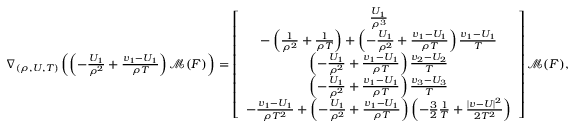
\begin{array} { r } { \nabla _ { ( \rho , U , T ) } \left( \left( - \frac { U _ { 1 } } { \rho ^ { 2 } } + \frac { v _ { 1 } - U _ { 1 } } { \rho T } \right) \mathcal { M } ( F ) \right) = \left[ { \begin{array} { c } { \frac { U _ { 1 } } { \rho ^ { 3 } } } \\ { - \left( \frac { 1 } { \rho ^ { 2 } } + \frac { 1 } { \rho T } \right) + \left( - \frac { U _ { 1 } } { \rho ^ { 2 } } + \frac { v _ { 1 } - U _ { 1 } } { \rho T } \right) \frac { v _ { 1 } - U _ { 1 } } { T } } \\ { \left( - \frac { U _ { 1 } } { \rho ^ { 2 } } + \frac { v _ { 1 } - U _ { 1 } } { \rho T } \right) \frac { v _ { 2 } - U _ { 2 } } { T } } \\ { \left( - \frac { U _ { 1 } } { \rho ^ { 2 } } + \frac { v _ { 1 } - U _ { 1 } } { \rho T } \right) \frac { v _ { 3 } - U _ { 3 } } { T } } \\ { - \frac { v _ { 1 } - U _ { 1 } } { \rho T ^ { 2 } } + \left( - \frac { U _ { 1 } } { \rho ^ { 2 } } + \frac { v _ { 1 } - U _ { 1 } } { \rho T } \right) \left( - \frac { 3 } { 2 } \frac { 1 } { T } + \frac { | v - U | ^ { 2 } } { 2 T ^ { 2 } } \right) } \end{array} } \right] \mathcal { M } ( F ) , } \end{array}